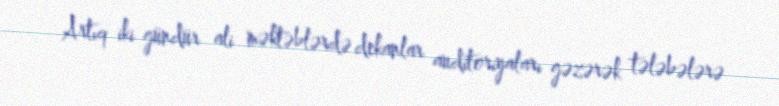
Artıq iki gündür ali məktəblərdə dekanlar auditoriyaları gəzərək tələbələrə